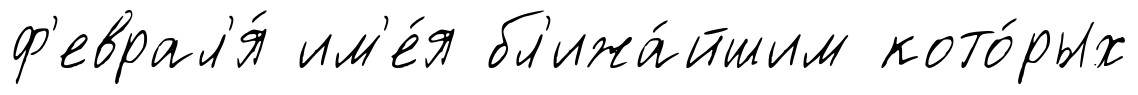
ф'еврал'я́ им'е́я бл'ижа́йшим кото́рых